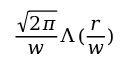
\frac { \sqrt { 2 \pi } } { w } \Lambda ( \frac { r } { w } )